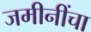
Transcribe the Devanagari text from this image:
जमीनींचा